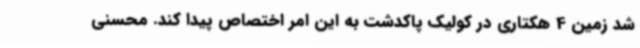
شد زمین 4 هکتاری در کولیک پاکدشت به این امر اختصاص پیدا کند. محسنی